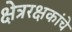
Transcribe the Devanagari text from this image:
क्षेत्ररक्षकांचे